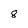
Character: 8